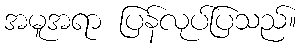
အမူအရာ ပြန်လုပ်ပြသည်။